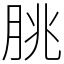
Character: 朓